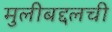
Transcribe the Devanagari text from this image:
मुलीबद्दलची